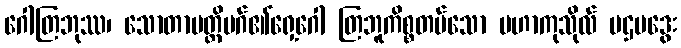
ဂေါတြဘုဿ၊ သောတာပတ္တိမဂ်၏ရှေ့ဂေါ တြဘူကိစ္စတပ်သော မဟာကုသိုလ် ပဌမဒွေး